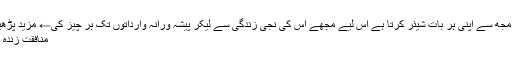
وہ مجھ سے اپنی ہر بات شیئر کرتا ہے اس لیے مجھے اس کی نجی زندگی سے لیکر پیشہ ورانہ وارداتوں تک ہر چیز کی← مزید پڑھیے
منافقت زندہ باد۔